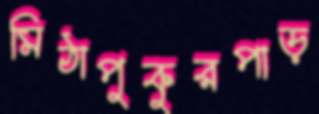
মিঠাপুকুরপাড়